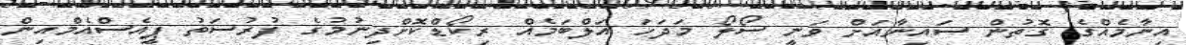
އިނާމެއްގެ ގޮތުން ސައިނާއަށް ވަނީ ސޯލޯ މަދަހަ އަލްބަމެއް ރިކޯޑްކޮށްދިނުމުގެ ފުރުސަތު ޕީއެސްއެމްއިން